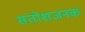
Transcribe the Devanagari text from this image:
संतोशजनक